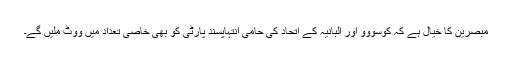
مبصرين کا خيال ہے کہ کوسووو اور البانيہ کے اتحاد کی حامی انتہاپسند پارٹی کو بھی خاصی تعداد ميں ووٹ مليں گے۔